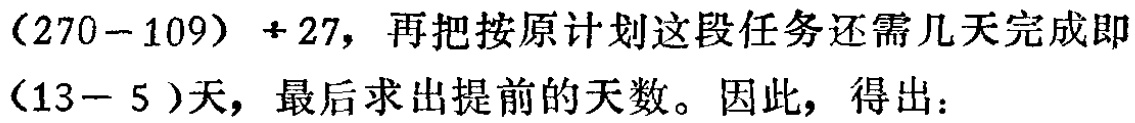
\((270 - 109) \div 27\)，再把按原计划这段任务还需几天完成即\((13 - 5)\)天，最后求出提前的天数。因此，得出：